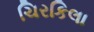
ચિરકિલા